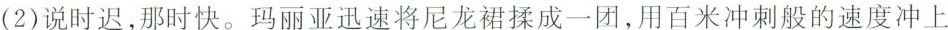
(2)说时迟，那时快。玛丽亚迅速将尼龙裙揉成一团，用百米冲刺般的速度冲上